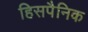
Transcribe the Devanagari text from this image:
हिसपैनिक